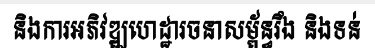
និងការអភិវឌ្ឍហេដ្ឋារចនាសម្ព័ន្ធរឹង និងទន់